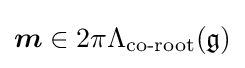
{\boldsymbol {m}}\in 2\pi \Lambda _{\text{co-root}}({\mathfrak {g}})